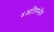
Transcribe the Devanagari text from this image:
४अतिगंभीर